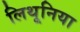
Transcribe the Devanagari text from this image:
लिथूनिया